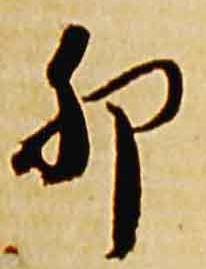
卯